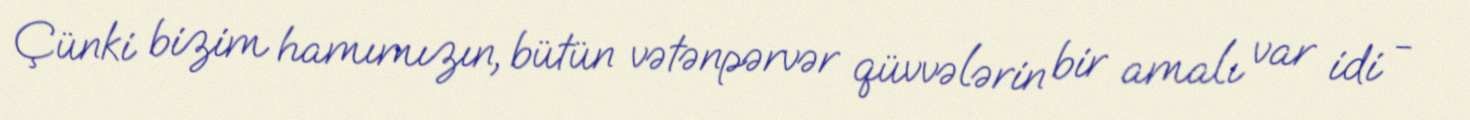
Çünki bizim hamımızın, bütün vətənpərvər qüvvələrin bir amalı var idi -